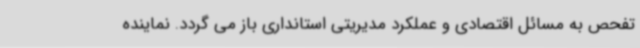
تفحص به مسائل اقتصادی و عملکرد مدیریتی استانداری باز می گردد. نماینده